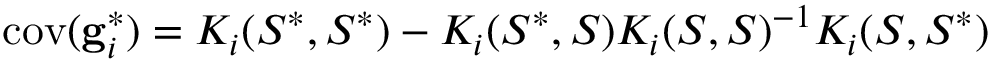
\mathrm { c o v } ( \mathbf { g } _ { i } ^ { * } ) = K _ { i } ( S ^ { * } , S ^ { * } ) - K _ { i } ( S ^ { * } , S ) K _ { i } ( S , S ) ^ { - 1 } K _ { i } ( S , S ^ { * } )